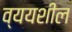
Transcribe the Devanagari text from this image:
व्ययशील